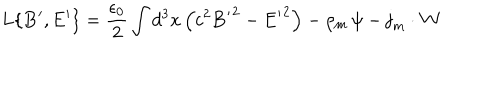
L \{ { { \bf B } ^ { \prime } } , { { \bf E } ^ { \prime } } \} = \frac { \epsilon _ { 0 } } { 2 } \int d ^ { 3 } x \left( c ^ { 2 } { { \bf B } ^ { \prime } } ^ { 2 } - { { \bf E } ^ { \prime } } ^ { 2 } \right) - \rho _ { m } \, \psi - { \bf j } _ { m } \cdot { \bf W }